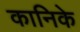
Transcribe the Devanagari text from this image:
कानिके